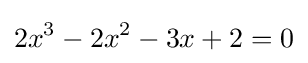
2x^{3}-2x^{2}-3x+2=0